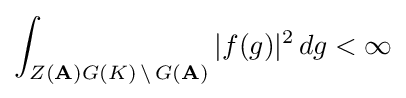
\int _{Z(\mathbf {A} )G(K)\,\setminus \,G(\mathbf {A} )}|f(g)|^{2}\,dg<\infty